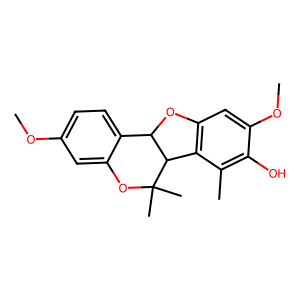
SMILES: COc1ccc2c(c1)OC(C)(C)C1c3c(cc(OC)c(O)c3C)OC21
Inhibits HIV replication: No